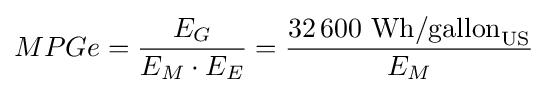
MPGe={\frac {E_{G}}{E_{M}\cdot E_{E}}}={\frac {32\,600{\text{ Wh/gallon}}_{\text{US}}}{E_{M}}}